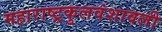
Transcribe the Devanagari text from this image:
महाराष्ट्रकुलवंशावली